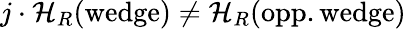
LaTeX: j\cdot{\cal H}_{R}(\mathrm{wedge})\not={\cal H}_{R}(\mathrm{opp.wedge})